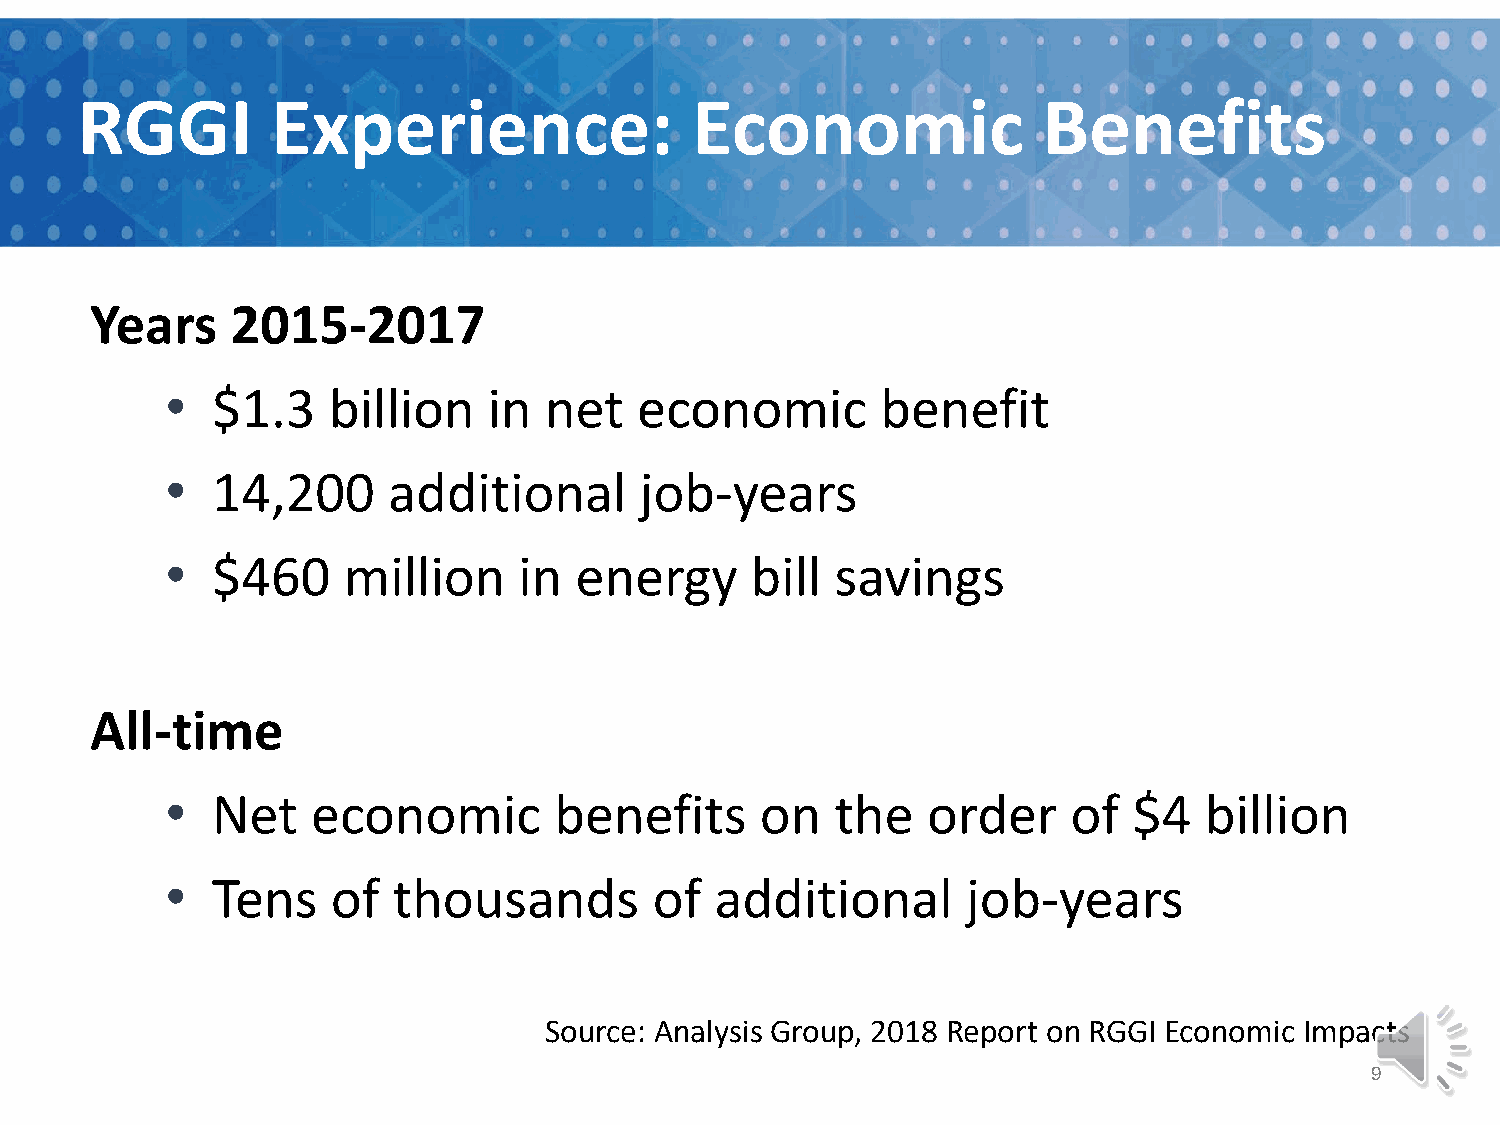
RGGI         Experience:                 Economic               Benefits
 Years    2015-2017
 •  $1.3    billion   in  net   economic        benefit
 •  14,200      additional      job-years
 •  $460     million    in  energy      bill savings
 All-time
 •  Net    economic        benefits     on   the   order     of  $4   billion
 •  Tens    of  thousands        of  additional       job-years
 Source: Analysis Group, 2018 Report on RGGI Economic Impacts
 9